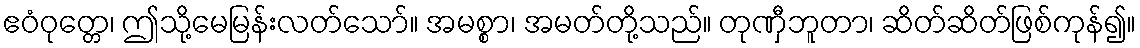
ဧဝံဝုတ္တေ၊ ဤသို့မေမြန်းလတ်သော်။ အမစ္စာ၊ အမတ်တို့သည်။ တုဏှီဘူတာ၊ ဆိတ်ဆိတ်ဖြစ်ကုန်၍။